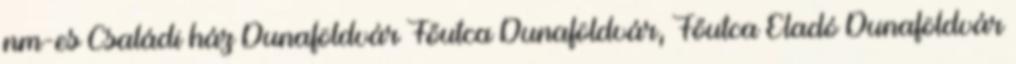
nm-es Családi ház Dunaföldvár Főutca Dunaföldvár, Főutca Eladó Dunaföldvár